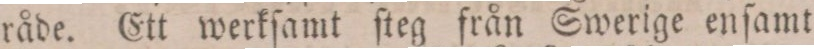
råde. Ett werkſamt ſteg från Swerige enſamt